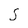
Character: S